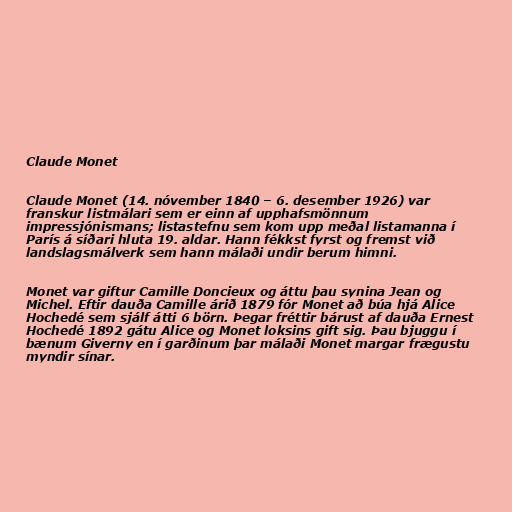
Claude Monet

Claude Monet (14. nóvember 1840 – 6. desember 1926) var
franskur listmálari sem er einn af upphafsmönnum
impressjónismans; listastefnu sem kom upp meðal listamanna í
París á síðari hluta 19. aldar. Hann fékkst fyrst og fremst við
landslagsmálverk sem hann málaði undir berum himni.

Monet var giftur Camille Doncieux og áttu þau synina Jean og
Michel. Eftir dauða Camille árið 1879 fór Monet að búa hjá Alice
Hochedé sem sjálf átti 6 börn. Þegar fréttir bárust af dauða Ernest
Hochedé 1892 gátu Alice og Monet loksins gift sig. Þau bjuggu í
bænum Giverny en í garðinum þar málaði Monet margar frægustu
myndir sínar.